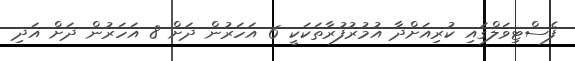
ފެސްޓިވަލްގައި ކުރިއަށްދާ އުމުރުފުރާތަކަކީ 6 އަހަރުން ދަށް 8 އަހަރުން ދަށް އަދި